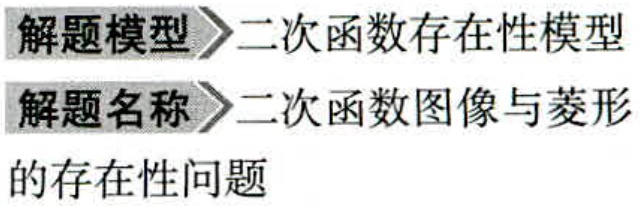
解题模型$\rhd$二次函数存在性模型
解题名称$\rhd$二次函数图像与菱形
的存在性问题